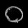
Digit: ၀